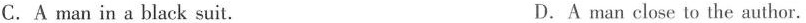
C.A man in a black suit. D.A man close to the author.